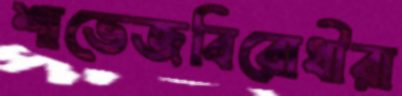
শাভেজবিরোধীরা